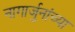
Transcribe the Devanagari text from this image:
नागार्जुनांच्या